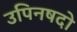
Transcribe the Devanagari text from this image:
उपिनषदो